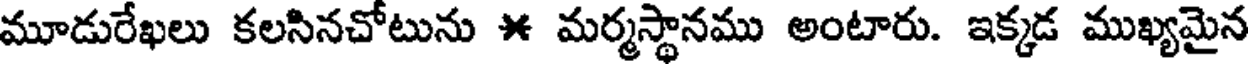
మూడురేఖలు కలసినచోటును * మర్మస్థానము అంటారు. ఇక్కడ ముఖ్యమైన